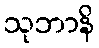
သုဘာနိ